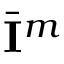
\bar { \mathbf { I } } ^ { m }